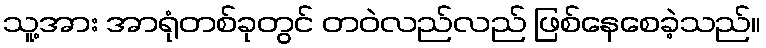
သူ့အား အာရုံတစ်ခုတွင် တဝဲလည်လည် ဖြစ်နေစေခဲ့သည်။